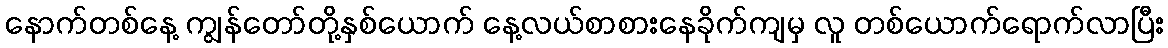
နောက်တစ်နေ့ ကျွန်တော်တို့နှစ်ယောက် နေ့လယ်စာစားနေခိုက်ကျမှ လူ တစ်ယောက်ရောက်လာပြီး